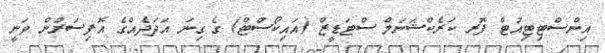
އިންސްޓިޓިއުޓް ފޮރ ކަރެކްޝަނަލް ސްޓަޑީޒް (އައިކޯސްޓް) ގެ ގިނަ އަދަދެއްގެ އޮފިސަރުން ވަނީ